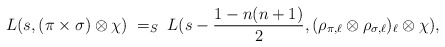
\begin{align*}L(s,(\pi\times\sigma)\otimes\chi)\;=_S\;L(s-\frac{1-n(n+1)}{2},(\rho_{\pi,\ell}\otimes\rho_{\sigma,\ell})_\ell\otimes\chi),\end{align*}